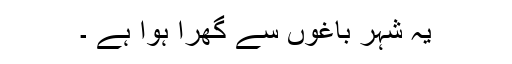
یہ شہر باغوں سے گھرا ہوا ہے ۔